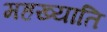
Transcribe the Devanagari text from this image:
महख्याति